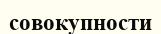
совокупности